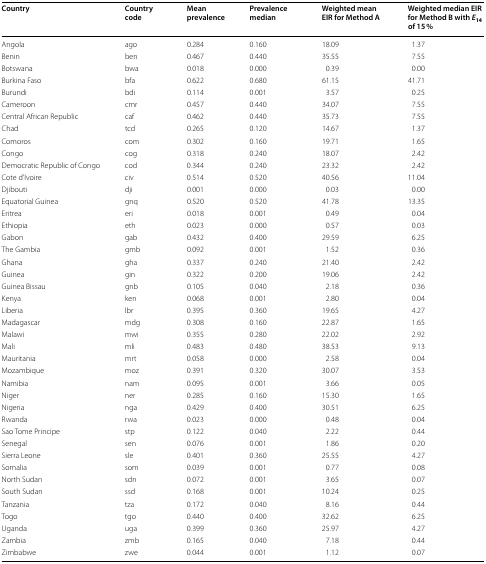
<table><thead><tr><td><b>Country</b></td><td><b>Country code</b></td><td><b>Mean prevalence</b></td><td><b>Prevalence median</b></td><td><b>Weighted mean EIR for Method A</b></td><td><b>Weighted median EIR for Method B with <i>E</i><sub>14 </sub>of 15 %</b></td></tr></thead><tbody><tr><td>Angola</td><td>ago</td><td>0.284</td><td>0.160</td><td>18.09</td><td>1.37</td></tr><tr><td>Benin</td><td>ben</td><td>0.467</td><td>0.440</td><td>35.55</td><td>7.55</td></tr><tr><td>Botswana</td><td>bwa</td><td>0.018</td><td>0.000</td><td>0.39</td><td>0.00</td></tr><tr><td>Burkina Faso</td><td>bfa</td><td>0.622</td><td>0.680</td><td>61.15</td><td>41.71</td></tr><tr><td>Burundi</td><td>bdi</td><td>0.114</td><td>0.001</td><td>3.57</td><td>0.25</td></tr><tr><td>Cameroon</td><td>cmr</td><td>0.457</td><td>0.440</td><td>34.07</td><td>7.55</td></tr><tr><td>Central African Republic</td><td>caf</td><td>0.462</td><td>0.440</td><td>35.73</td><td>7.55</td></tr><tr><td>Chad</td><td>tcd</td><td>0.265</td><td>0.120</td><td>14.67</td><td>1.37</td></tr><tr><td>Comoros</td><td>com</td><td>0.302</td><td>0.160</td><td>19.71</td><td>1.65</td></tr><tr><td>Congo</td><td>cog</td><td>0.318</td><td>0.240</td><td>18.07</td><td>2.42</td></tr><tr><td>Democratic Republic of Congo</td><td>cod</td><td>0.344</td><td>0.240</td><td>23.32</td><td>2.42</td></tr><tr><td>Cote d’Ivoire</td><td>civ</td><td>0.514</td><td>0.520</td><td>40.56</td><td>11.04</td></tr><tr><td>Djibouti</td><td>dji</td><td>0.001</td><td>0.000</td><td>0.03</td><td>0.00</td></tr><tr><td>Equatorial Guinea</td><td>gnq</td><td>0.520</td><td>0.520</td><td>41.78</td><td>13.35</td></tr><tr><td>Eritrea</td><td>eri</td><td>0.018</td><td>0.001</td><td>0.49</td><td>0.04</td></tr><tr><td>Ethiopia</td><td>eth</td><td>0.023</td><td>0.000</td><td>0.57</td><td>0.03</td></tr><tr><td>Gabon</td><td>gab</td><td>0.432</td><td>0.400</td><td>29.59</td><td>6.25</td></tr><tr><td>The Gambia</td><td>gmb</td><td>0.092</td><td>0.001</td><td>1.52</td><td>0.36</td></tr><tr><td>Ghana</td><td>gha</td><td>0.337</td><td>0.240</td><td>21.40</td><td>2.42</td></tr><tr><td>Guinea</td><td>gin</td><td>0.322</td><td>0.200</td><td>19.06</td><td>2.42</td></tr><tr><td>Guinea Bissau</td><td>gnb</td><td>0.105</td><td>0.040</td><td>2.18</td><td>0.36</td></tr><tr><td>Kenya</td><td>ken</td><td>0.068</td><td>0.001</td><td>2.80</td><td>0.04</td></tr><tr><td>Liberia</td><td>lbr</td><td>0.395</td><td>0.360</td><td>19.65</td><td>4.27</td></tr><tr><td>Madagascar</td><td>mdg</td><td>0.308</td><td>0.160</td><td>22.87</td><td>1.65</td></tr><tr><td>Malawi</td><td>mwi</td><td>0.355</td><td>0.280</td><td>22.02</td><td>2.92</td></tr><tr><td>Mali</td><td>mli</td><td>0.483</td><td>0.480</td><td>38.53</td><td>9.13</td></tr><tr><td>Mauritania</td><td>mrt</td><td>0.058</td><td>0.000</td><td>2.58</td><td>0.04</td></tr><tr><td>Mozambique</td><td>moz</td><td>0.391</td><td>0.320</td><td>30.07</td><td>3.53</td></tr><tr><td>Namibia</td><td>nam</td><td>0.095</td><td>0.001</td><td>3.66</td><td>0.05</td></tr><tr><td>Niger</td><td>ner</td><td>0.285</td><td>0.160</td><td>15.30</td><td>1.65</td></tr><tr><td>Nigeria</td><td>nga</td><td>0.429</td><td>0.400</td><td>30.51</td><td>6.25</td></tr><tr><td>Rwanda</td><td>rwa</td><td>0.023</td><td>0.000</td><td>0.48</td><td>0.04</td></tr><tr><td>Sao Tome Principe</td><td>stp</td><td>0.122</td><td>0.040</td><td>2.22</td><td>0.44</td></tr><tr><td>Senegal</td><td>sen</td><td>0.076</td><td>0.001</td><td>1.86</td><td>0.20</td></tr><tr><td>Sierra Leone</td><td>sle</td><td>0.401</td><td>0.360</td><td>25.55</td><td>4.27</td></tr><tr><td>Somalia</td><td>som</td><td>0.039</td><td>0.001</td><td>0.77</td><td>0.08</td></tr><tr><td>North Sudan</td><td>sdn</td><td>0.072</td><td>0.001</td><td>3.65</td><td>0.07</td></tr><tr><td>South Sudan</td><td>ssd</td><td>0.168</td><td>0.001</td><td>10.24</td><td>0.25</td></tr><tr><td>Tanzania</td><td>tza</td><td>0.172</td><td>0.040</td><td>8.16</td><td>0.44</td></tr><tr><td>Togo</td><td>tgo</td><td>0.440</td><td>0.400</td><td>32.62</td><td>6.25</td></tr><tr><td>Uganda</td><td>uga</td><td>0.399</td><td>0.360</td><td>25.97</td><td>4.27</td></tr><tr><td>Zambia</td><td>zmb</td><td>0.165</td><td>0.040</td><td>7.18</td><td>0.44</td></tr><tr><td>Zimbabwe</td><td>zwe</td><td>0.044</td><td>0.001</td><td>1.12</td><td>0.07</td></tr></tbody></table>